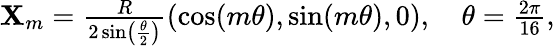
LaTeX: \begin{array}{r}{\mathbf{X}_{m}=\frac{R}{2\sin\left(\frac{\theta}{2}\right)}(\cos(m\theta),\sin(m\theta),0),\quad\theta=\frac{2\pi}{16},}\end{array}